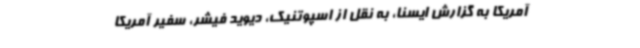
آمریکا به گزارش ایسنا، به نقل از اسپوتنیک، دیوید فیشر، سفیر آمریکا